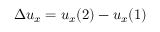
\Delta u _ { x } = u _ { x } ( 2 ) - u _ { x } ( 1 )